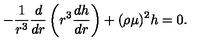
- \frac { 1 } { r ^ { 3 } } \frac { d } { d r } \left( r ^ { 3 } \frac { d h } { d r } \right) + ( \rho \mu ) ^ { 2 } h = 0 .